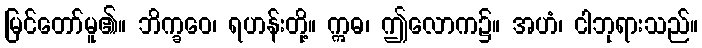
မြင်တော်မူ၏။ ဘိက္ခဝေ၊ ရဟန်းတို့။ ဣဓ၊ ဤလောက၌။ အဟံ၊ ငါဘုရားသည်။